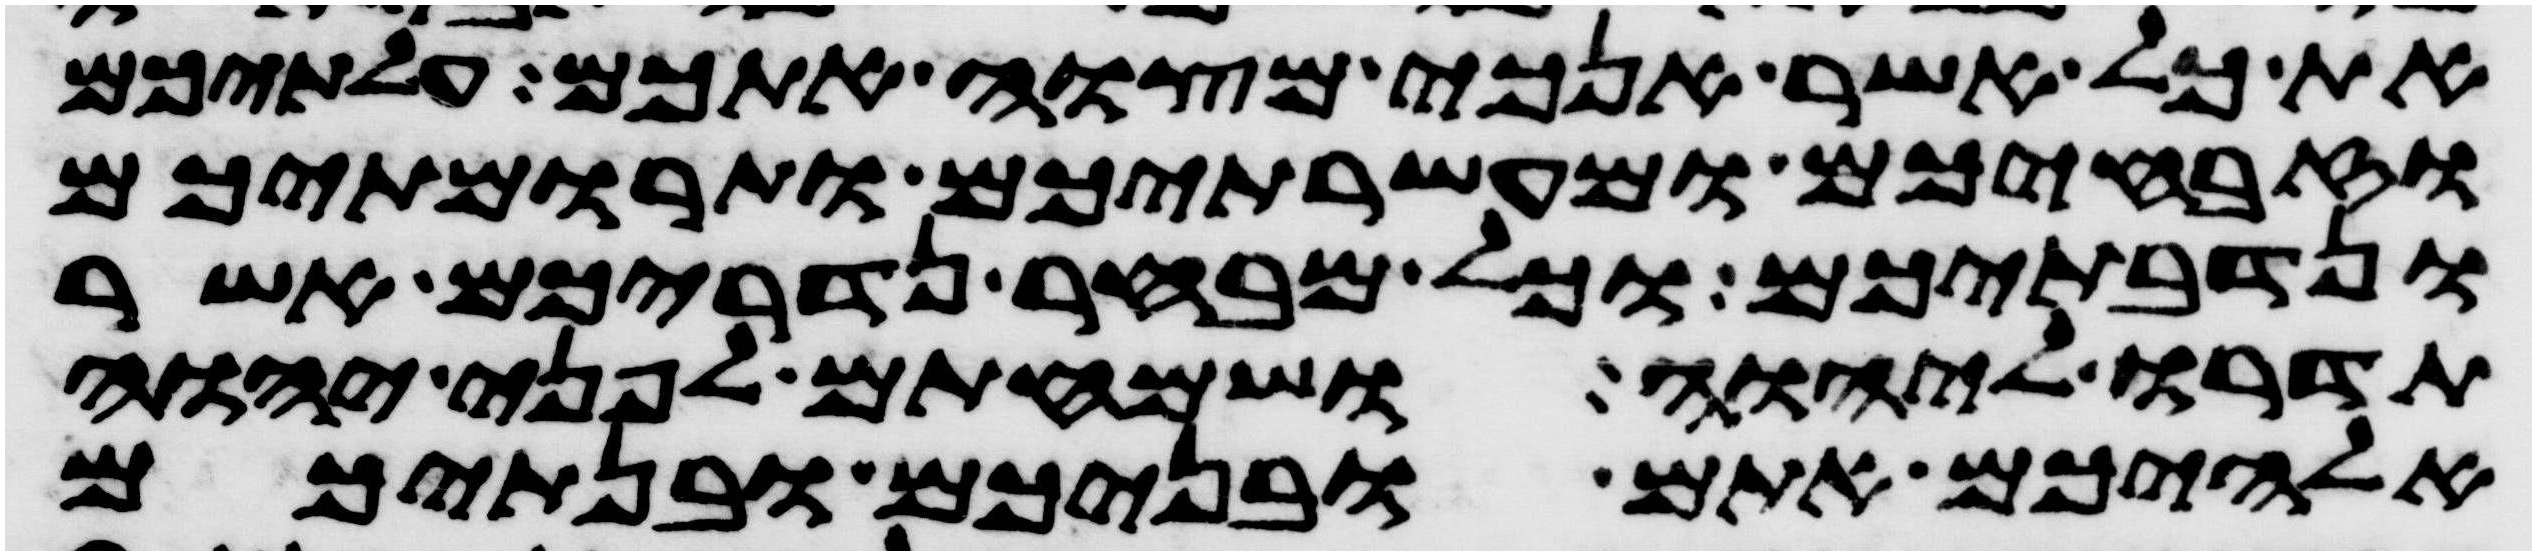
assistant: את כל אשר אנכי מצוה אתכם עלתיכם
וזבחיכם ומעשרתיכם ותרומתיכם
ונדבתיכם וכל מבחר נדריכם אשר
תדרו ליהוה ושמחתם לפני יהוה
אלהיכם אתם ובניכם ובנתיכם